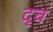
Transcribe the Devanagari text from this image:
दृव